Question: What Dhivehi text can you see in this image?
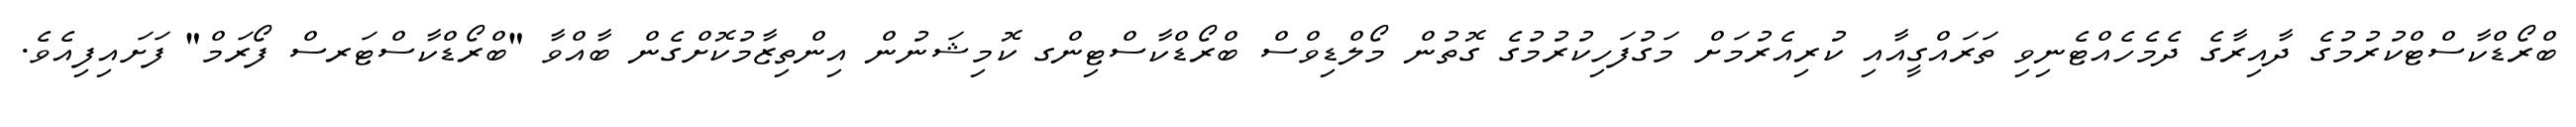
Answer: ބްރޯޑްކާސްޓްކުރުމުގެ ދާއިރާގެ ދެމެހެއްޓެނިވި ތަރައްގީއާއި ކުރިއެރުމަށް މަގުފަހިކުރުމުގެ ގޮތުން މޯލްޑިވްސް ބްރޯޑްކާސްޓިންގ ކޮމިޝަނުން އިންތިޒާމުކޮށްގެން ބާއްވާ "ބްރޯޑްކާސްޓަރސް ފޯރަމް" ފަށައިފިއެވެ.